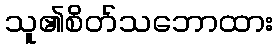
သူ၏စိတ်သဘောထား